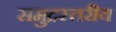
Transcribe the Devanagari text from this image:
समुद्रस्तरीय